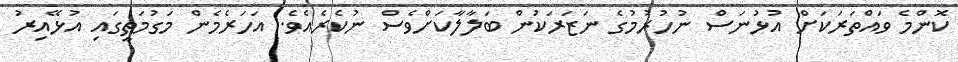
ކޮންމެ ވައްތަރަކަށް އުޅުނަސް ނުހުރުމުގެ ނަޒަރަކުން ބަލާލާކަށްވެސް ނުކެރެއެވެ. އަހަރެމެން މަގުމަތީގައި އުޅޭއިރު